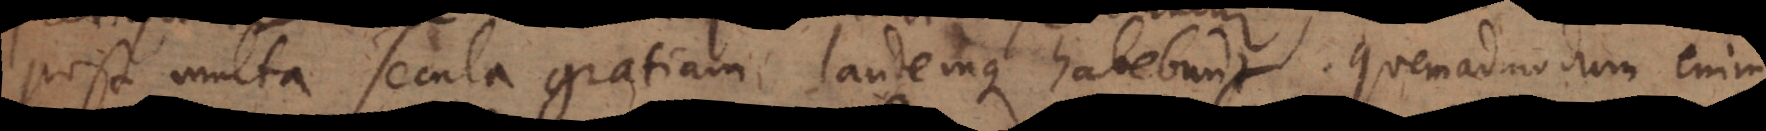
post multa secula gratiam laudemque habebunt. Quemadmodum enim